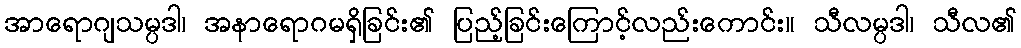
အာရောဂျသမ္ပဒါ၊ အနာရောဂမရှိခြင်း၏ ပြည့်ခြင်းကြောင့်လည်းကောင်း။ သီလမ္ပဒါ၊ သီလ၏